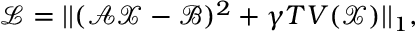
\mathcal { L } = | | \mathcal { ( A X - B ) } ^ { 2 } + \gamma T V \mathcal { ( X ) } | | _ { 1 } ,